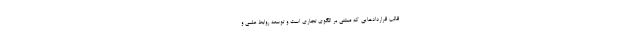
قالب قراردادهایی که مبتنی بر الگوی تجاری است و توسعه روابط علمی و